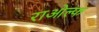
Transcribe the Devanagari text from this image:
राओल्फ